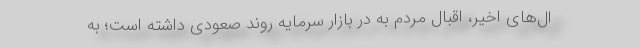
ال‌های اخیر، اقبال مردم به در بازار سرمایه روند صعودی داشته است؛ به